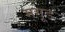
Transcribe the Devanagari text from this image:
मगूड